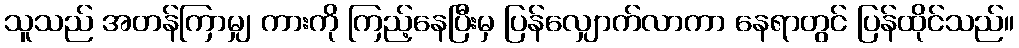
သူသည် အတန်ကြာမျှ ကားကို ကြည့်နေပြီးမှ ပြန်လျှောက်လာကာ နေရာတွင် ပြန်ထိုင်သည်။